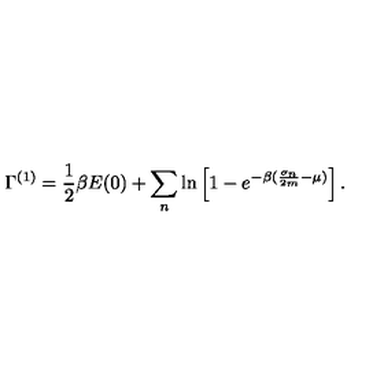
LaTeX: \Gamma ^ { ( 1 ) } = \frac { 1 } { 2 } \beta E ( 0 ) + \sum _ { n } \ln \left[ 1 - e ^ { - \beta ( \frac { \sigma _ { n } } { 2 m } - \mu ) } \right] .